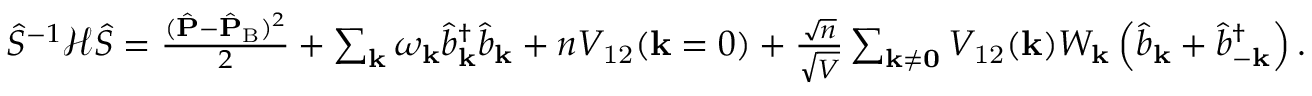
\begin{array} { r } { \hat { S } ^ { - 1 } \mathcal { H } \hat { S } = \frac { ( \hat { \mathbf { P } } - \hat { \mathbf { P } } _ { \mathrm { B } } ) ^ { 2 } } { 2 } + \sum _ { \mathbf { k } } \omega _ { \mathbf { k } } \hat { b } _ { \mathbf { k } } ^ { \dagger } \hat { b } _ { \mathbf { k } } + n V _ { \mathrm { 1 2 } } ( \mathbf { k } = 0 ) + \frac { \sqrt { n } } { \sqrt { V } } \sum _ { \mathbf { k \neq 0 } } V _ { \mathrm { 1 2 } } ( \mathbf { k } ) W _ { \mathbf { k } } \left( \hat { b } _ { \mathbf { k } } + \hat { b } _ { - \mathbf { k } } ^ { \dagger } \right) . } \end{array}